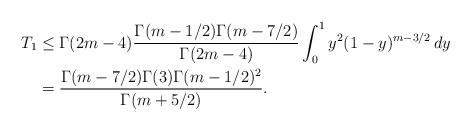
LaTeX: \begin{align*}T_1&\le \Gamma(2m-4)\frac{\Gamma(m-1/2)\Gamma(m-7/2)}{\Gamma(2m-4)}\int_{0}^1y^{2}(1-y)^{m-3/2}\,dy\\&=\frac{\Gamma(m-7/2)\Gamma(3)\Gamma(m-1/2)^2}{\Gamma(m+5/2)}.\end{align*}